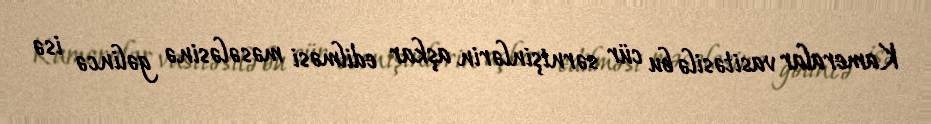
Kameralar vasitəsilə bu cür sərnişinlərin aşkar edilməsi məsələsinə gəlincə isə